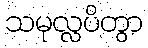
သမုလ္လပိတွာ